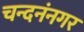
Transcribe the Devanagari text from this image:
चन्दनंनगर